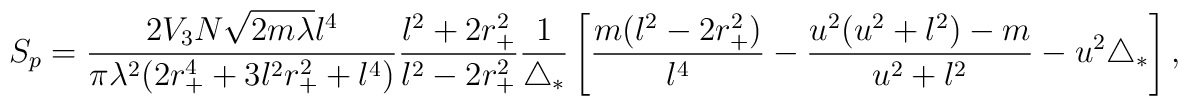
S_p = \frac{2 V_3N\sqrt{2m\lambda}l^4}{\pi \lambda^2 (2r_+^4      +3l^2r_+^2 +l^4)}   \frac{l^2+2r_+^2}{l^2-2r_+^2}   \frac{1}{\triangle_*}   \left [\frac{m (l^2-2r_+^2)}{l^4} - \frac{u^2(u^2+l^2)-m}{u^2+l^2} -u^2\triangle_*   \right],